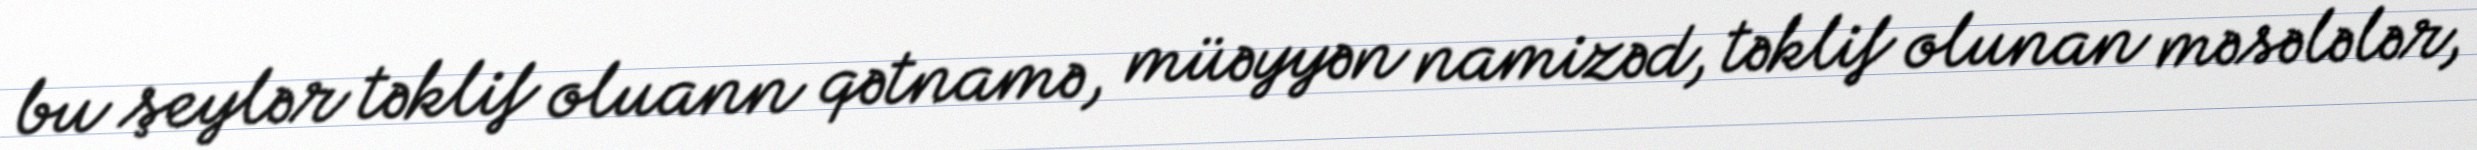
bu şeylər təklif oluann qətnamə, müəyyən namizəd, təklif olunan məsələlər,